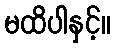
မထိပါနှင့်။